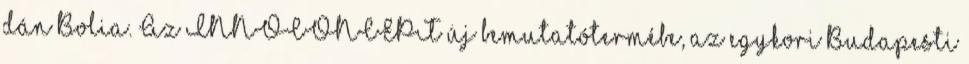
dán Bolia. Az INNOCONCEPT új bemutatótermébe, az egykori Budapesti